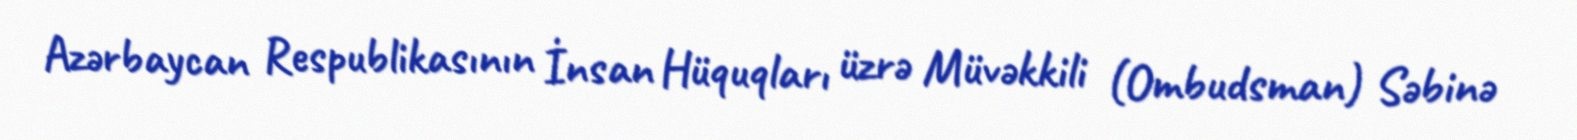
Azərbaycan Respublikasının İnsan Hüquqları üzrə Müvəkkili (Ombudsman) Səbinə